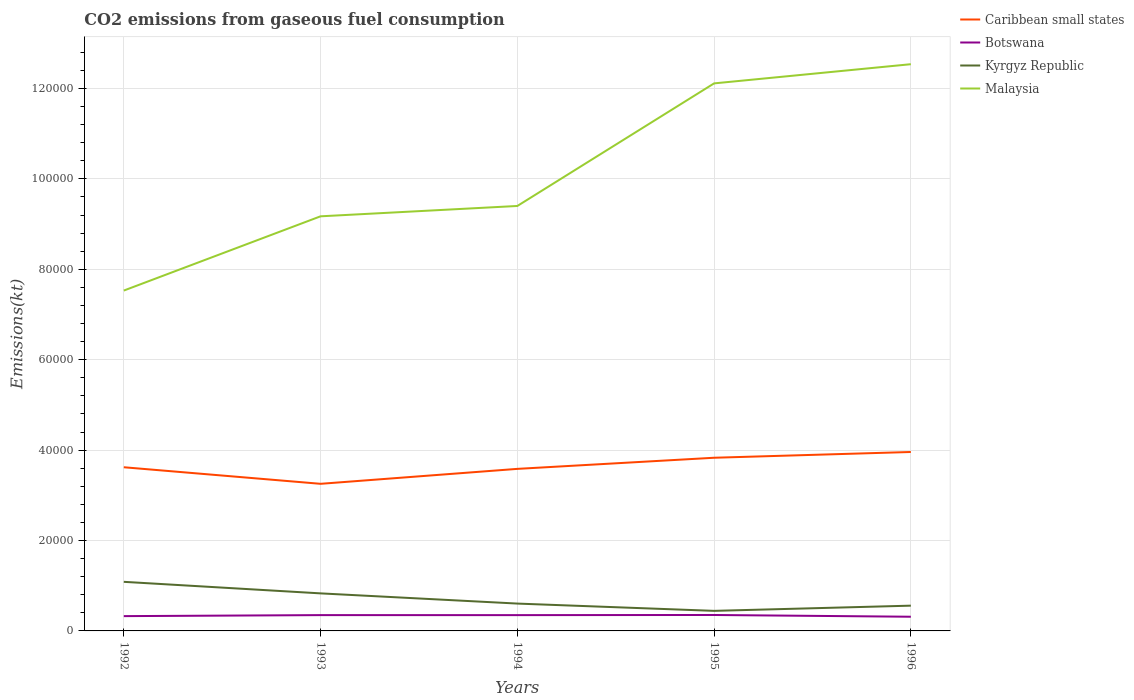
| Years | Caribbean small states | Botswana | Kyrgyz Republic | Malaysia |
 | --- | --- | --- | --- | --- |
 | 1992 | 3.62e+04 | 3.27e+03 | 1.09e+04 | 7.53e+04 |
 | 1993 | 3.25e+04 | 3.5e+03 | 8.31e+03 | 9.17e+04 |
 | 1994 | 3.58e+04 | 3.49e+03 | 6.05e+03 | 9.4e+04 |
 | 1995 | 3.83e+04 | 3.52e+03 | 4.44e+03 | 1.21e+05 |
 | 1996 | 3.96e+04 | 3.14e+03 | 5.59e+03 | 1.25e+05 |